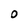
Character: 0